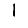
Digit: 1